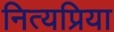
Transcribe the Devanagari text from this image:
नित्यप्रिया